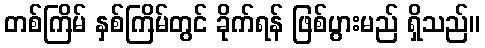
တစ်ကြိမ် နှစ်ကြိမ်တွင် ခိုက်ရန် ဖြစ်ပွားမည် ရှိသည်။